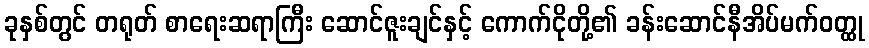
ခုနှစ်တွင် တရုတ် စာရေးဆရာကြီး ဆောင်ဇူးချင်နှင့် ကောက်ငိုတို့၏ ခန်းဆောင်နီအိပ်မက်ဝတ္ထု